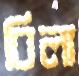
বিলা